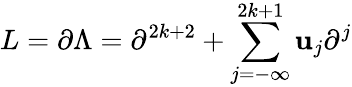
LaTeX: L=\partial\Lambda=\partial^{2k+2}+\sum_{j=-\infty}^{2k+1}\mathbf{u}_{j}\partial^{j}